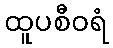
ထူပစီဝရံ